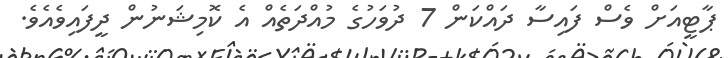
ޕާޓީއަށް ވެސް ފައިސާ ދައްކަން 7 ދުވަހުގެ މުއްދަތެއް އެ ކޮމިޝަނުން ދީފައިވެއެވެ.